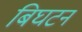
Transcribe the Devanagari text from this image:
बिघटन